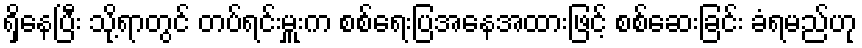
ရှိနေပြီး သို့ရာတွင် တပ်ရင်းမှူးက စစ်ရေးပြအနေအထားဖြင့် စစ်ဆေးခြင်း ခံရမည်ဟု